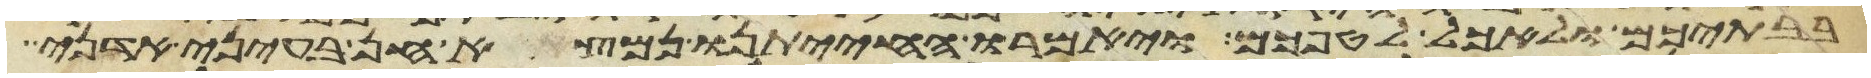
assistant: בבתיכם ולאכל לטפכם ויאמרו החיתנו נמצא חן בעיני אדני